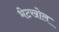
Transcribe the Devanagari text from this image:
भेटखोल